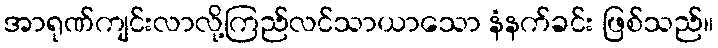
အာရုဏ်ကျင်းလာလို့ကြည်လင်သာယာသော နံနက်ခင်း ဖြစ်သည်။